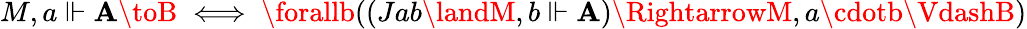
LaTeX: M,a\Vdash\mathbf{A}\toB\iff\forallb((Jab\landM,b\Vdash\mathbf{A})\RightarrowM,a\cdotb\VdashB)